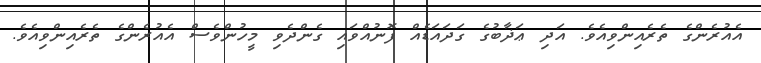
އެއުރެންގެ ތެރެއިންވިއެވެ. އަދި ޢަޛާބުގެ ގަދައަޑެއް ފޮނުއްވައި ގެންދެވި މީހުންވެސް އެއުރެންގެ ތެރެއިންވިއެވެ.